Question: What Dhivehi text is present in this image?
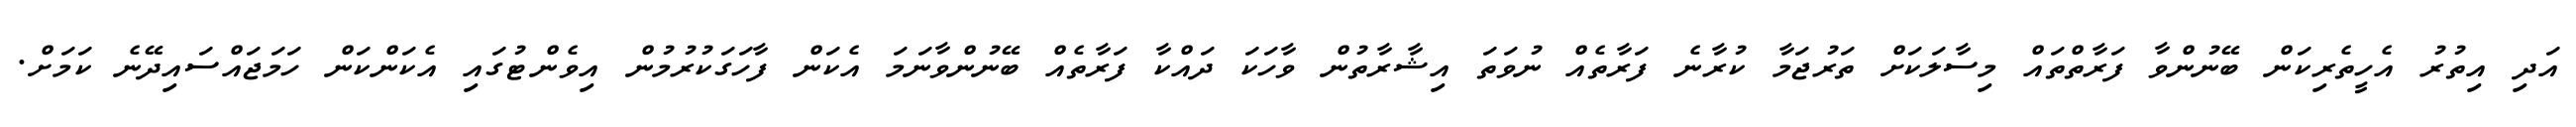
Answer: އަދި އިތުރު އެހީތެރިކަން ބޭނުންވާ ފަރާތްތައް މިސާލަކަށް ތަރުޖަމާ ކުރާނެ ފަރާތެއް ނުވަތަ އިޝާރާތުން ވާހަކަ ދައްކާ ފަރާތެއް ބޭނުންވާނަމަ އެކަން ފާހަގަކުރުމުން އިވެންޓުގައި އެކަންކަން ހަމަޖައްސައިދޭނެ ކަމަށް.